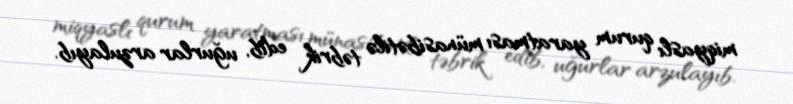
miqyaslı qurum yaratması münasibətilə təbrik edib, uğurlar arzulayıb.